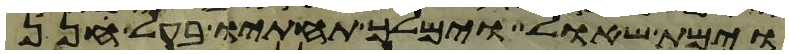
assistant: וימת שאול וימלך תחתיו בעל חנן